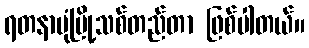
ရတနာပုံမြို့သစ်တည်တာ ဖြစ်ပါတယ်။